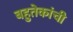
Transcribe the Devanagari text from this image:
बहुतेकांची